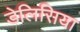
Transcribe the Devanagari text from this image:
डेलिसिया